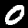
Digit: 0